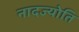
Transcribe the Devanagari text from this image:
नादज्योति